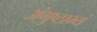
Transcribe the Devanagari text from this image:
अंगुष्ठाभ्यं